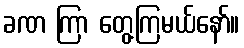
ခဏ ကြာ တွေ့ကြမယ်နော်။